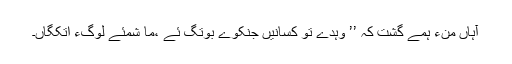
آہاں منءَ ہمے گُشت کہ ’’ وہدے تو کسانیں جنکوے بوتگ ئے ،ما شمئے لوگءَ اتکگاں۔